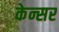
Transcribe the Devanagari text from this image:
केन्सर